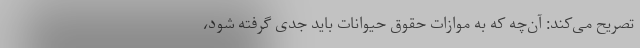
تصریح می‌کند: آن‌چه که به موازات حقوق حیوانات باید جدی گرفته شود،